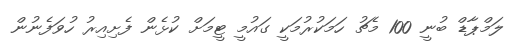
ލަމްޕާޑް ބުނީ 100 މެޗު ހަމަކުރުމަކީ ގައުމީ ޓީމަށް ކުޅެން ފެށިއިރު ހުވަފެނުން